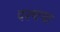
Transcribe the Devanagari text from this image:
दश्ष्टया